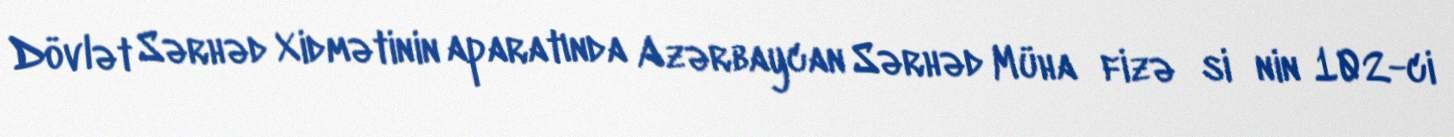
Dövlət Sərhəd Xidmətinin aparatında Azərbaycan Sərhəd Müha­fizə­si­nin 102-ci